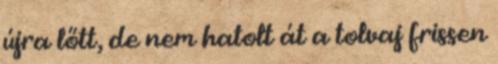
újra lőtt, de nem hatolt át a tolvaj frissen